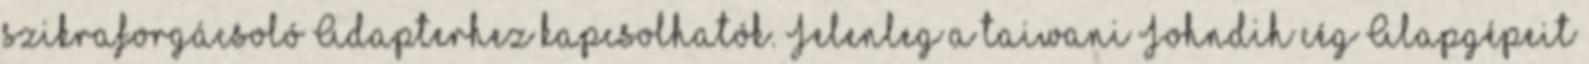
szikraforgácsoló Adapterhez kapcsolhatók. Jelenleg a taiwani Johndih cég Alapgépeit